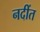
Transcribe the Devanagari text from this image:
नदींत